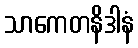
သာကေတနိဒါနံ